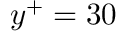
y ^ { + } = 3 0